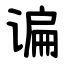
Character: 谝